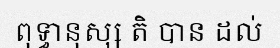
ពុទ្ធានុស្ស តិ បាន ដល់